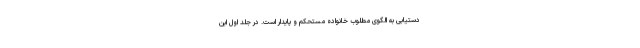
دستیابی به الگوی مطلوب خانواده مستحکم و پایدار است. در جلد اول این